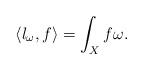
LaTeX: \begin{align*} \langle l_\omega, f \rangle =\int_X f\omega .\end{align*}